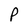
Character: P